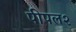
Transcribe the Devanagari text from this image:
पीपल२